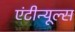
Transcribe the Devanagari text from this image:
एंटीन्यूल्स